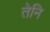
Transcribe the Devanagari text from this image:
तेनि